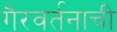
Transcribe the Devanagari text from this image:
गैरवर्तनाची